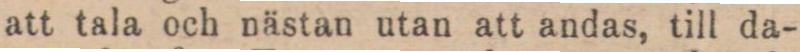
att tala och nästan utan att andas, till da-